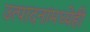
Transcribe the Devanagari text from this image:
उत्पादनांमध्येही